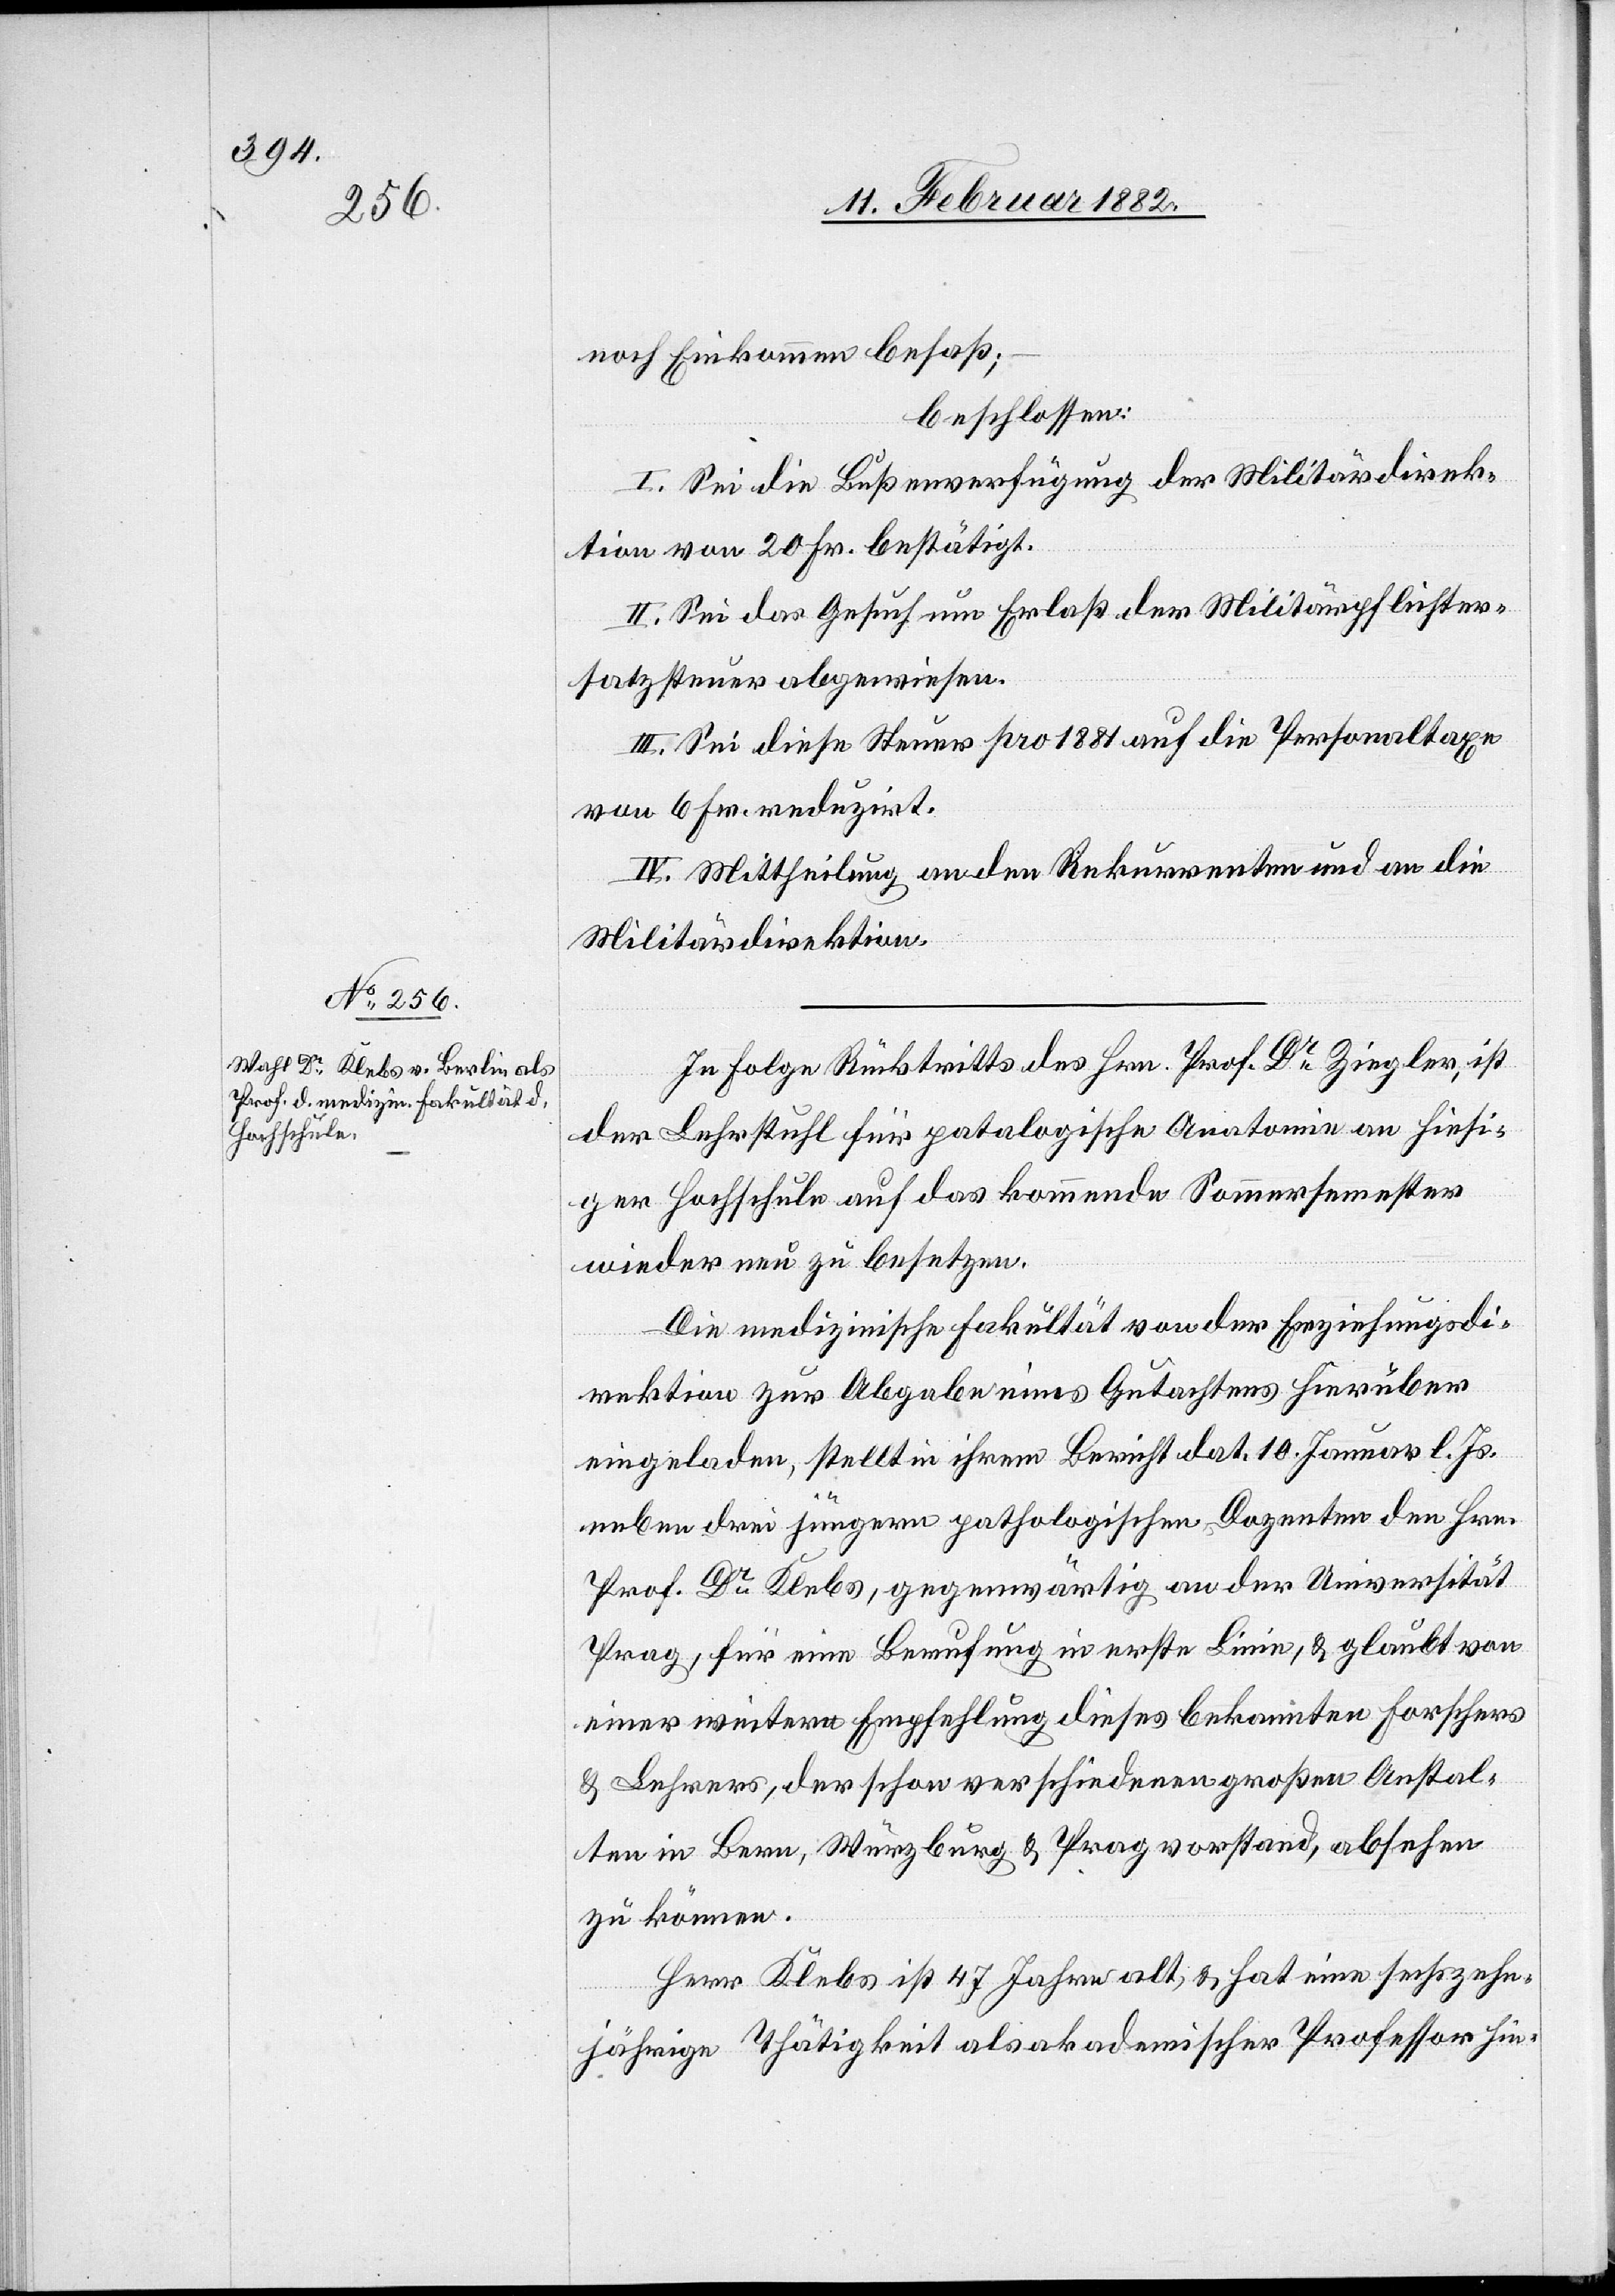
noch Einkommen besaß;
beschlossen:
I. Sei die Bußenverfügung der Militärdirek¬
tion von 20 Fr. bestätigt.
II. Sei das Gesuch um Erlaß der Militärpflichter¬
satzsteuer abgewiesen.
III. Sei diese Steuer pro 1881 auf die Personaltaxen
von 6 Fr. reduziert.
IV. Mittheilung an den Rekurrenten und an die
Militärdirektion.
In Folge Rücktritts des Hrn. Prof. Dr Ziegler, ist
der Lehrstuhl für patalogische Anatomie an hiesi¬
ger Hochschule auf das kommende Sommersemester
wieder neu zu besetzen.
Die medizinische Fakultät von der Erziehungsdi¬
rektion zur Angabe eines Gutachtens hierüber
eingeladen, stellt in ihrem Bericht dat. 10. Januar l. Js.
neben drei jüngern pathologischen Dozenten den Hrn.
Prof. Dr Klebs, gegenwärtig an der Universität
Prag, für eine Berufung in erste Linie, & glaubt von
einer weitern Empfehlung dieses bekannten Forschers
& Lehrers, der schon verschiedenen großen Anstal¬
ten in Bern, Würzburg & Prag vorstand, absehen
zu können.
Herr Klebs ist 47 Jahre alt, & hat eine sechzehn¬
jährige Thätigkeit als akademischer Professor hin-